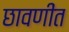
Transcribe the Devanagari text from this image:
छावणींत